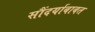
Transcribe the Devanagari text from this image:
सौंदर्याबाबत